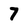
Character: 7